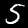
Digit: 5